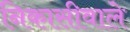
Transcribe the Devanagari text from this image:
निकासीवाले